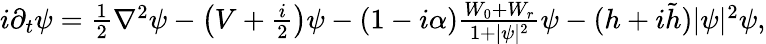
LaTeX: \begin{array}{r}{i\partial_{t}\psi=\frac{1}{2}\nabla^{2}\psi-\left(V+\frac{i}{2}\right)\psi-(1-i\alpha)\frac{W_{0}+W_{r}}{1+|\psi|^{2}}\psi-(h+i\tilde{h})|\psi|^{2}\psi,}\end{array}